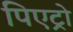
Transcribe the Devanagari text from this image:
पिएट्रो